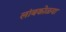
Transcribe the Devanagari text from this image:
लांबकोळया